Lunatic asylums Madras 1877-1891 - 1877-1891
Year: 1877
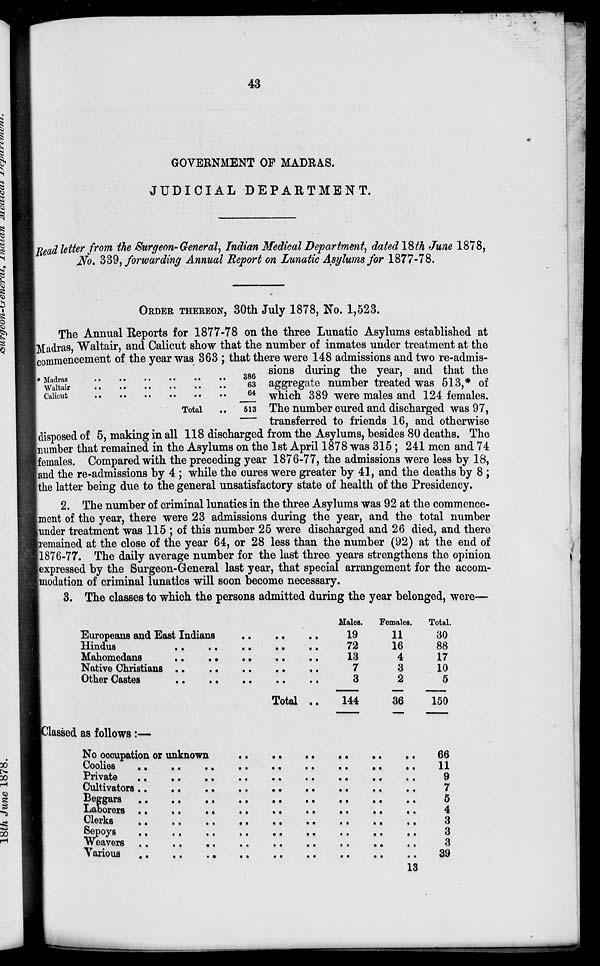
43
GOVERNMENT OF MADRAS.
JUDICIAL DEPARTMENT.
Read letter from the Surgeon-General, Indian Medical Department, dated 18th June 1878,
No. 339, forwarding Annual Report on Lunatic Asylums for 1877-78.
ORDER THEREON, 30th July 1878, No. 1,523.
Madras .. .. .. .. .. ..
Waltair .. .. .. .. .. ..
Calicut .. .. .. .. .. ..
Total ..
386
63
64
513
The Annual Reports for 1877-78 on the three Lunatic Asylums established at
Madras, Waltair, and Calicut show that the number of inmates under treatment at the
commencement of the year was 363; that there were 148 admissions and two re-admis-
sions during the year, and that the
aggregate number treated was 513,* of
which 389 were males and 124 females.
The number cured and discharged was 97,
transferred to friends 16, and otherwise
disposed of 5, making in all 118 discharged from the Asylums, besides 80 deaths. The
number that remained in the Asylums on the 1st April 1878 was 315; 241 men and 74
females. Compared with the preceding year 1876-77, the admissions were less by 18,
and the re-admissions by 4 ; while the cures were greater by 41, and the deaths by 8 ;
the latter being due to the general unsatisfactory state of health of the Presidency.
2. The number of criminal lunatics in the three Asylums was 92 at the commence-
ment of the year, there were 23 admissions during the year, and the total number
under treatment was 115 ; of this number 25 were discharged and 26 died, and there
remained at the close of the year 64, or 28 less than the number (92) at the end of
1876-77. The daily average number for the last three years strengthens the opinion
expressed by the Surgeon-General last year, that special arrangement for the accom-
modation of criminal lunatics will soon become necessary.
3. The classes to which the persons admitted during the year belonged, were—
Europeans and East Indians .. .. ..
Hindus
..
..
..
..
..
Mahomedans .. .. .. .. ..
Native Christians .. .. .. .. ..
Other Castes .. .. .. .. ..
Total ..
Males.
19
72
13
7
3
144
Females.
11
16
4
3
2
36
Total.
30
88
17
10
5
150
Classed as follows:—
No occupation or unknown .. .. .. .. .. ..
Coolies .. .. .. .. .. .. .. .. ..
Private .. .. .. .. .. .. .. .. ..
Cultivators .. .. .. .. .. .. .. .. ..
Beggars .. .. .. .. .. .. .. .. ..
Laborers .. .. .. .. .. .. .. .. ..
Clerks .. .. .. .. .. .. .. .. ..
Sepoys .. .. .. .. .. .. .. .. ..
Weavers
..
..
..
..
..
..
..
..
..
Various
..
..
..
..
..
..
..
..
..
66
11
9
7
5
4
3
3
3
39
13